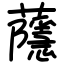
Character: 蘟